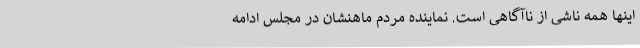
اینها همه ناشی از ناآگاهی است. نماینده مردم ماهنشان در مجلس ادامه